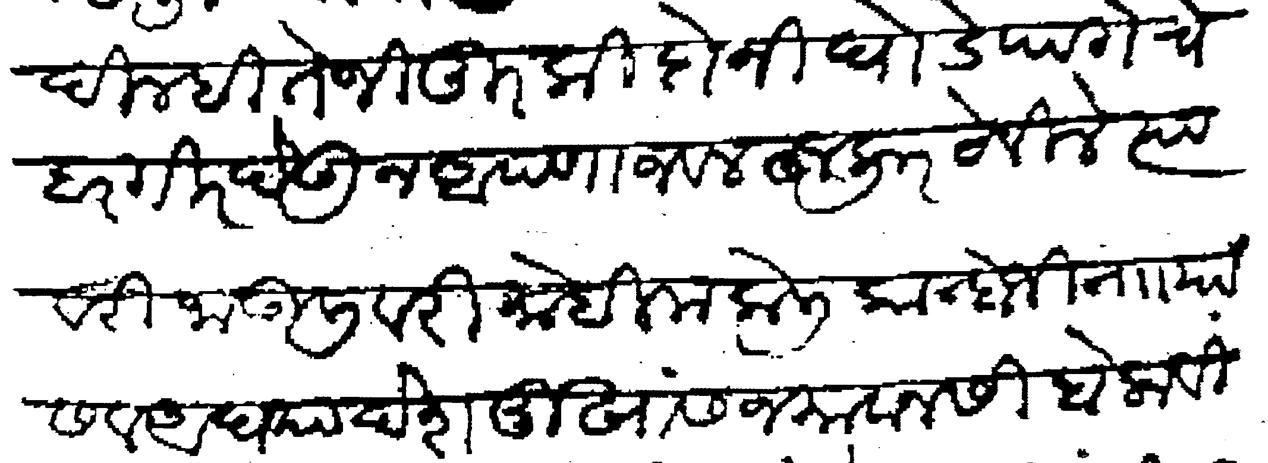
Transliteration (Devanagari): दिल्ही तेजी तुरकी दोनी घोडे पागेचे बारगीर देऊन आपणाजवल हुजूर ठेविले त्यावरी जाऊलीवरी मोहीम केली कान्होजी नाा या सव अवघ्या देशमुखांस जमावानसी बोलाविले